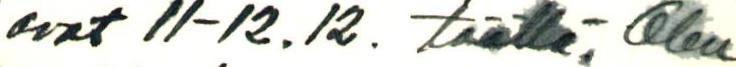
ovat 11-12.12. täällä, Olen